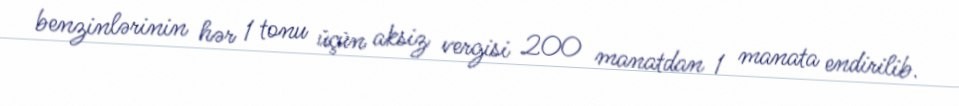
benzinlərinin hər 1 tonu üçün aksiz vergisi 200 manatdan 1 manata endirilib.